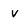
Character: V